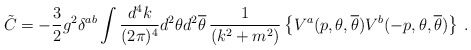
\begin{align*}\tilde{C} = -\frac{3}{2} g^{2}\delta^{ab}\int \frac{d^{4}k}{(2\pi)^{4}} d^{2}\theta d^{2}{\overline\theta} \, \frac{1}{(k^{2}+m^{2})} \left\{ V^{a}(p,\theta,{\overline\theta}) V^{b}(-p,\theta,{\overline\theta}) \right\} \, .\end{align*}